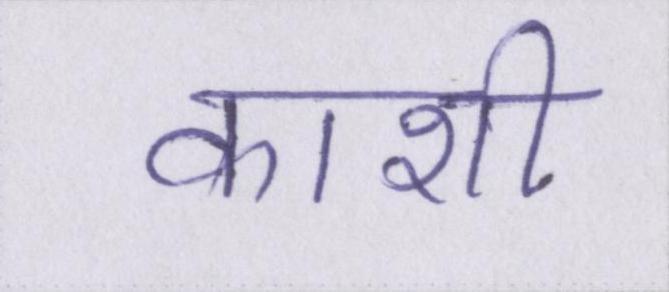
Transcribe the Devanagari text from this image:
काशी